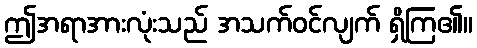
ဤအရာအားလုံးသည် အသက်ဝင်လျက် ရှိကြ၏။